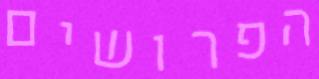
הפרושים